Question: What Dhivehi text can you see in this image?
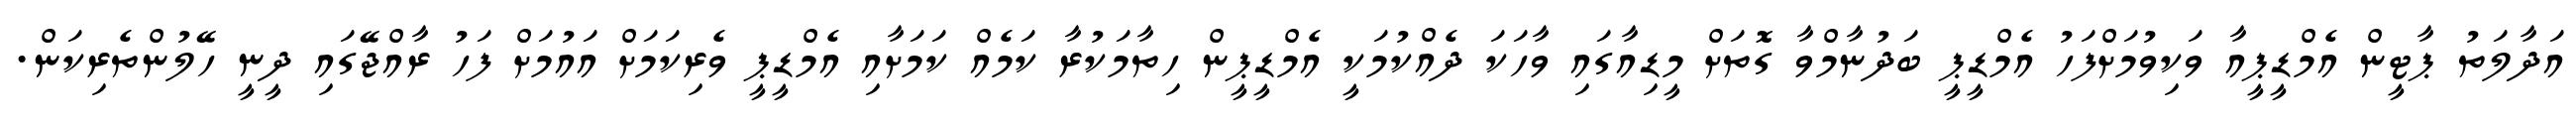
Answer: އަދާލަތު ޕާޓީން އެމްޑީޕީއާ ވަކިވުމަށްފަހު އެމްޑީޕީ ބަދުނާމްވާ ގޮތަށް މީޑިއާގައި ވާހަކަ ދެއްކުމަކީ އެމްޑީޕީން ހިތާމަކުރާ ކަމެއް ކަމަށާއި އެމްޑީޕީ ވެރިކަމަށް އައުމަށް ފަހު ރާއްޖޭގައި ދީނީ ހޭލުންތެރިކަން.